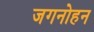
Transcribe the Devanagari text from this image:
जगनोहन